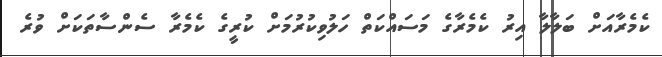
ކެމެރާއަށް ބަލާލާ އިރު ކެމެރާގެ މަސައްކަތް ހަލުވިކުރުމަށް ކުރީގެ ކެމެރާ ސެންސާތަކަށް ވުރެ